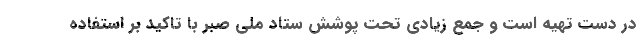
در دست تهیه است و جمع زیادی تحت پوشش ستاد ملی صبر با تاکید بر استفاده